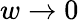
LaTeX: w\rightarrow 0